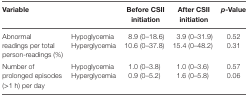
<table><thead><tr><td colspan="2"><b>Variable</b></td><td><b>Before CSII initiation</b></td><td><b>After CSII initiation</b></td><td><b><i>p</i>-Value</b></td></tr></thead><tbody><tr><td rowspan="2">Abnormal readings per total person-readings (%)</td><td>Hypoglycemia</td><td>8.9 (0–18.6)</td><td>3.9 (0–31.9)</td><td>0.52</td></tr><tr><td>Hyperglycemia</td><td>10.6 (0–37.8)</td><td>15.4 (0–48.2)</td><td>0.31</td></tr><tr><td rowspan="2">Number of prolonged episodes (&gt;1 h) per day</td><td>Hypoglycemia</td><td>1.0 (0–3.8)</td><td>1.0 (0–3.6)</td><td>0.57</td></tr><tr><td>Hyperglycemia</td><td>0.9 (0–5.2)</td><td>1.6 (0–5.8)</td><td>0.06</td></tr></tbody></table>